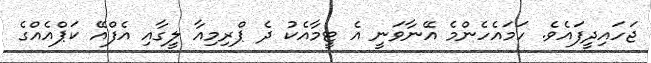
ޖަހައިދީފައެވެ. ހަމައެހެންމެ އޭނާވަނީ އެ ޓީމާއެކު ދެ ޕްރިމިއާ ލީގާއި އެފްއޭ ކަޕްއެއްގެ